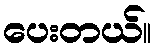
ပေးတယ်။